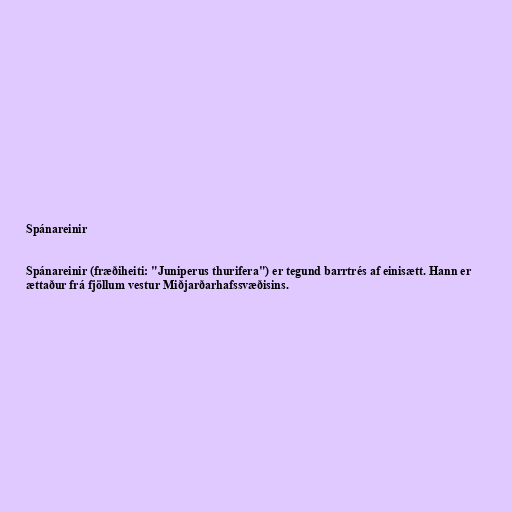
Spánareinir

Spánareinir (fræðiheiti: "Juniperus thurifera") er tegund barrtrés af einisætt. Hann er
ættaður frá fjöllum vestur Miðjarðarhafssvæðisins.